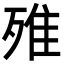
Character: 𣨫